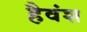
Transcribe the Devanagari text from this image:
हैवंश